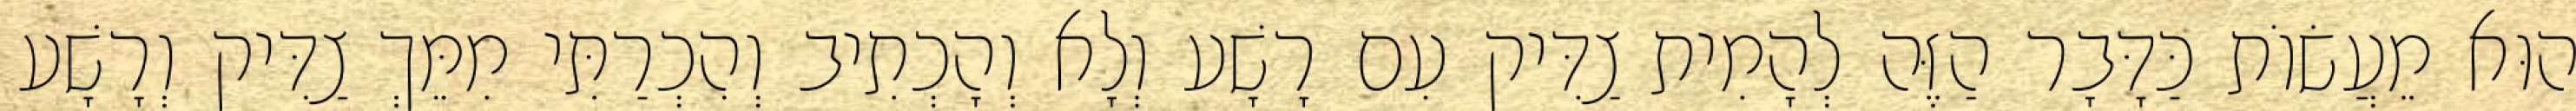
הוּא מֵעֲשׂוֹת כַּדָּבָר הַזֶּה לְהָמִית צַדִּיק עִם רָשָׁע וְלָא וְהָכְתִיב וְהִכְרַתִּי מִמֵּךְ צַדִּיק וְרָשָׁע